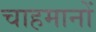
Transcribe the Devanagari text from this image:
चाहमानों